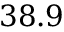
3 8 . 9